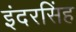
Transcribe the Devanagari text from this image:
इंदरसिंह